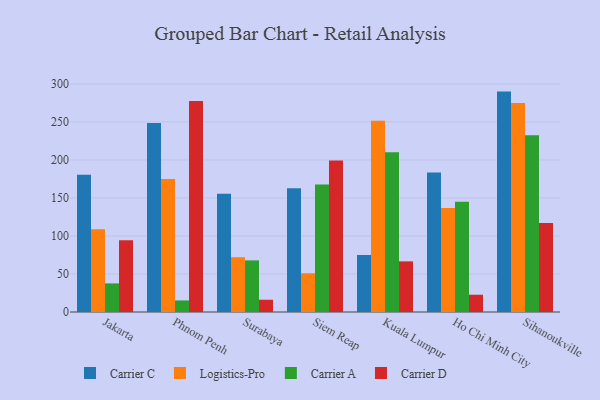
{"axis": {"x": "City", "y": "Production Output"}, "legend": ["Carrier A", "Carrier C", "Carrier D", "Logistics-Pro"], "data": [{"x": "Jakarta", "y": 180.6, "type": "Carrier C"}, {"x": "Jakarta", "y": 109.0, "type": "Logistics-Pro"}, {"x": "Jakarta", "y": 37.6, "type": "Carrier A"}, {"x": "Jakarta", "y": 94.4, "type": "Carrier D"}, {"x": "Phnom Penh", "y": 248.5, "type": "Carrier C"}, {"x": "Phnom Penh", "y": 175.0, "type": "Logistics-Pro"}, {"x": "Phnom Penh", "y": 15.2, "type": "Carrier A"}, {"x": "Phnom Penh", "y": 277.7, "type": "Carrier D"}, {"x": "Surabaya", "y": 155.6, "type": "Carrier C"}, {"x": "Surabaya", "y": 72.0, "type": "Logistics-Pro"}, {"x": "Surabaya", "y": 67.9, "type": "Carrier A"}, {"x": "Surabaya", "y": 16.1, "type": "Carrier D"}, {"x": "Siem Reap", "y": 162.8, "type": "Carrier C"}, {"x": "Siem Reap", "y": 50.9, "type": "Logistics-Pro"}, {"x": "Siem Reap", "y": 167.7, "type": "Carrier A"}, {"x": "Siem Reap", "y": 199.3, "type": "Carrier D"}, {"x": "Kuala Lumpur", "y": 75.0, "type": "Carrier C"}, {"x": "Kuala Lumpur", "y": 251.6, "type": "Logistics-Pro"}, {"x": "Kuala Lumpur", "y": 210.0, "type": "Carrier A"}, {"x": "Kuala Lumpur", "y": 66.6, "type": "Carrier D"}, {"x": "Ho Chi Minh City", "y": 183.6, "type": "Carrier C"}, {"x": "Ho Chi Minh City", "y": 136.7, "type": "Logistics-Pro"}, {"x": "Ho Chi Minh City", "y": 145.0, "type": "Carrier A"}, {"x": "Ho Chi Minh City", "y": 22.7, "type": "Carrier D"}, {"x": "Sihanoukville", "y": 289.9, "type": "Carrier C"}, {"x": "Sihanoukville", "y": 274.9, "type": "Logistics-Pro"}, {"x": "Sihanoukville", "y": 232.4, "type": "Carrier A"}, {"x": "Sihanoukville", "y": 117.0, "type": "Carrier D"}]}